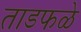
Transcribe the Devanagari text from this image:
ताडफळे